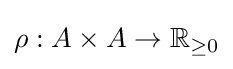
\rho :A\times A\rightarrow \mathbb {R} _{\geq 0}